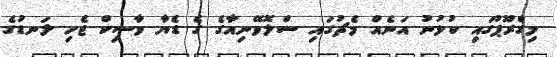
މިގްރޫޕުގައި ކުޅުނު އަނެއް މެޗުގައި ސްލޮވޭނިއާގެ ގެ ޑެޔާ ވާސިކް ޖެހި ލަނޑުގެ